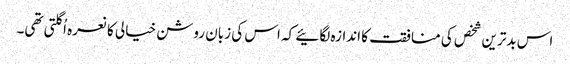
اس بدترین شخص کی منافقت کا اندازہ لگائیے کہ اس کی زبان روشن خیالی کا نعرہ اُگلتی تھی۔